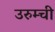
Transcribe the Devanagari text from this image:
उरुम्ची